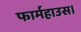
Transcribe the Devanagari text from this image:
फार्महाउस।